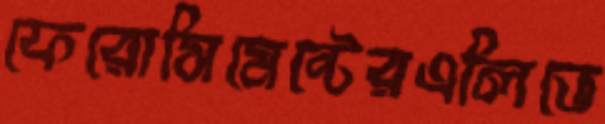
ফেরোসিমেন্টেরএলিভে